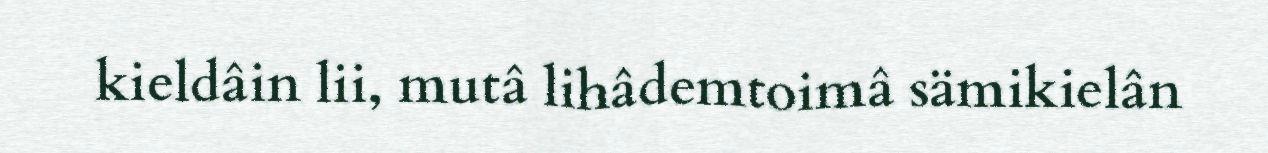
kieldâin lii, mutâ lihâdemtoimâ sämikielân